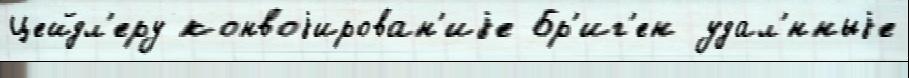
Цейдл'еру конвоjирован'иjе Бр'иг'ен удал'́нныjе